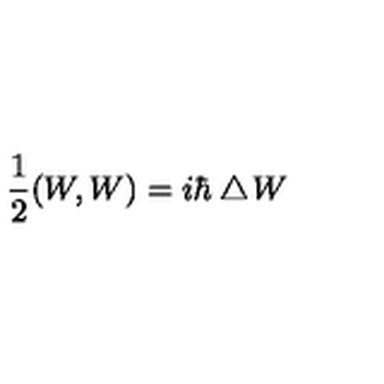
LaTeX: \frac { 1 } { 2 } ( W , W ) = i \hbar \bigtriangleup \! W